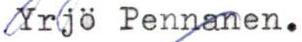
Yrjö Pennanen.